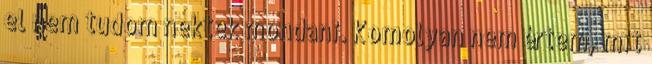
el nem tudom nektek mondani. Komolyan nem értem, mit